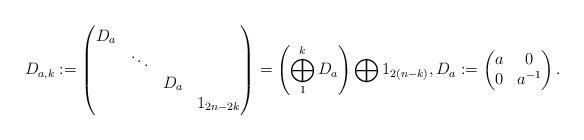
LaTeX: \begin{align*}D_{a,k} := \begin{pmatrix}D_{a} \\& \ddots \\&&D_{a} \\&&&1_{2n-2k}\end{pmatrix}= \left(\bigoplus_{1}^{k}D_{a}\right) \bigoplus 1_{2(n-k)}, D_{a} :=\begin{pmatrix}a & 0 \\0 & a^{-1}\end{pmatrix}.\end{align*}